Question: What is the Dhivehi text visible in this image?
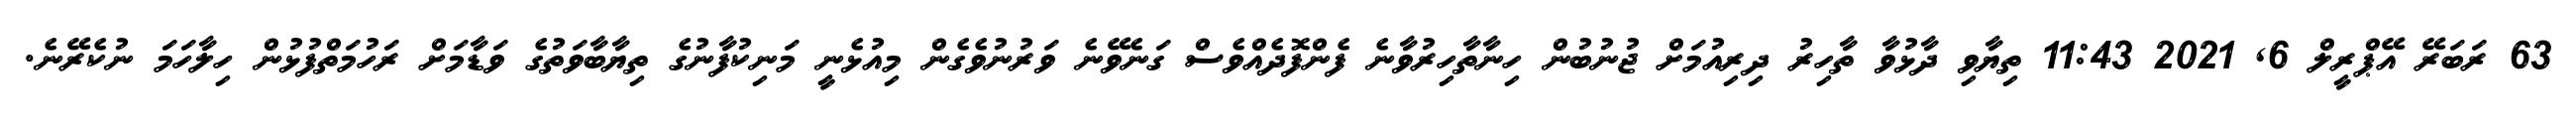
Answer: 63 ރަބަރޭ އޭޕްރީލް 6, 2021 11:43 ތިޔާވި ދާޅުވާ ތާހިރު ދިރިއުމަށް ޖުނުބުން ހިނާތާހިރުވާނެ ފެންފޮދެއްވެސް ގަނެވޭނެ ވަރުނުވެގެން މިއުޅެނީ މަނިކުފާނުގެ ތިޔާބާވަތުގެ ވަޑާމަށް ރަހުމަތްފުޅުން ހިލާހަމަ ނުކެރޭނެ.